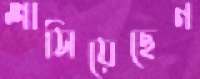
শাসিয়েছেন